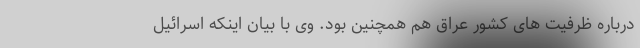
درباره ظرفیت های کشور عراق هم همچنین بود. وی با بیان اینکه اسرائیل